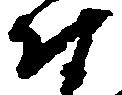
付